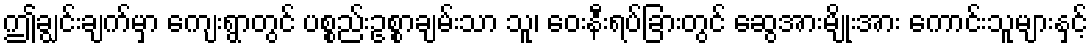
ဤချွင်းချက်မှာ ကျေးရွာတွင် ပစ္စည်းဥစ္စာချမ်းသာ သူ၊ ဝေးနီးရပ်ခြားတွင် ဆွေအားမျိုးအား ကောင်းသူများနှင့်